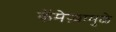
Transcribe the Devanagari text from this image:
कॅमेऱ्यामुळे